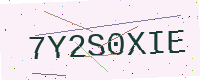
Text: 7Y2S0XIE